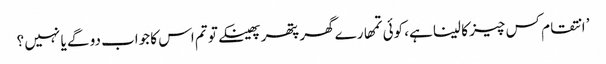
’ انتقام کس چیز کا لینا ہے، کوئی تمھارے گھر پتھر پھینکے تو تم اس کا جواب دو گے یا نہیں ؟